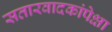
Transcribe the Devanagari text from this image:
सतारवादकांपेक्षा